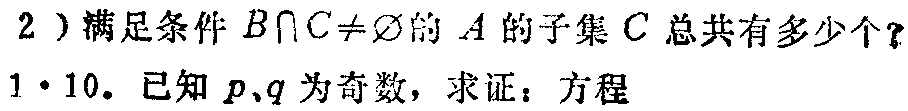
2）满足条件 \(B\cap C\neq\varnothing\) 的 \(A\) 的子集 \(C\) 总共有多少个？
1·10. 已知 \(p,q\) 为奇数，求证：方程